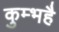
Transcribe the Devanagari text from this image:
कुम्भहै